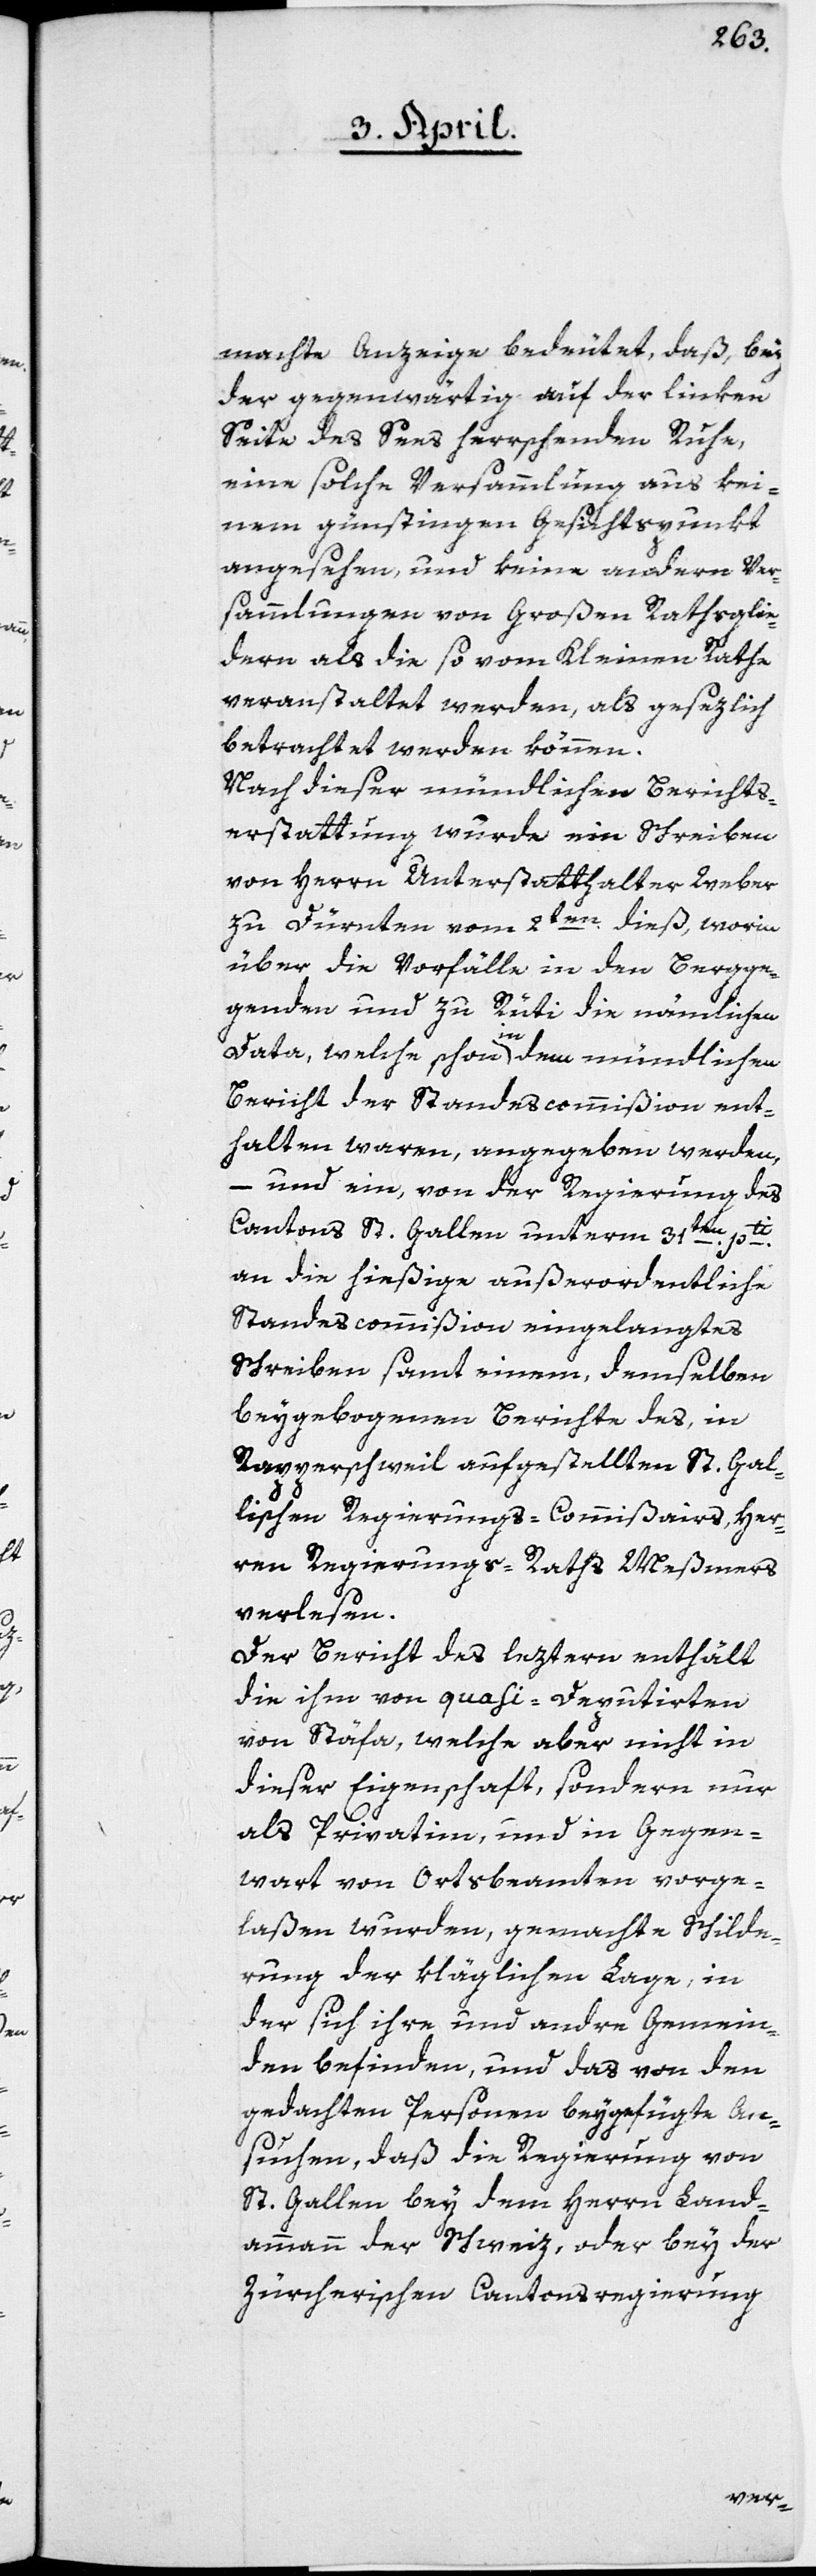
machte Anzeige bedeutet, daß bey
der gegenwärtig auf der linken
Seite des Sees herrschenden Ruhe,
eine solche Versammlung aus kei¬
nem günstigen Gesichtspunkt
angesehen, und keine andern Ver¬
sammlungen von Großen Rathsglie¬
dern, als die so vom Kleinen Rathe
veranstaltet werden, als gesezlich
betrachtet werden können.
Nach dieser mündlichen Berichts¬
erstattung wurde ein Schreiben
von Herr Unterstatthalter Weber
zu Dürnten vom 2ten dieß, worin
über die Vorfälle in den Bergge¬
genden und zu Rüti die nämlichen
Data, welche schon in dem mündlichen
Bericht der Standescommißion ent¬
halten waren, angegeben werden,
– und ein, von der Regierung des
Cantons St. Gallen unterm 31ten pti
an die hießige außerordentliche
Standescommißion eingelangtes
Schreiben samt einem, demselben
beygebogenen Berichte des, in
Rapperschweil aufgestellten St. Gal¬
lischen Regierungs-Commißairs, Her¬
ren Regierungs-Rath Meßmers
verlesen.
Der Bericht des leztern enthält
die ihm von Quasi-Deputirten
von Stäfa, welche aber nicht in
dieser Eigenschaft, sondern nur
als Privatim, und in Gegen¬
wart von Ortsbeamten vorge¬
laßen wurden, gemachte Schilde¬
rung der kläglichen Lage, in
der sich ihre und andere Gemein¬
den befinden, und das von den
gedachten Personen beygefügte An¬
suchen, daß die Regierung von
St. Gallen bey dem Herrn Land¬
ammann der Schweiz, oder bey der
Zürcherischen Cantonsregierung